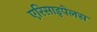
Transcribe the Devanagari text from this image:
एरिसाइपेलस